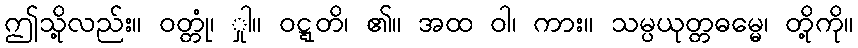
ဤသို့လည်း။ ဝတ္တုံ၊ ှုါ။ ဝဋ္ဋတိ၊ ၏။ အထ ဝါ၊ ကား။ သမ္ပယုတ္တဓမ္မေ၊ တို့ကို။